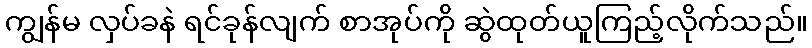
ကျွန်မ လှပ်ခနဲ ရင်ခုန်လျက် စာအုပ်ကို ဆွဲထုတ်ယူကြည့်လိုက်သည်။